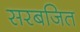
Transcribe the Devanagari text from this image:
सरबजित